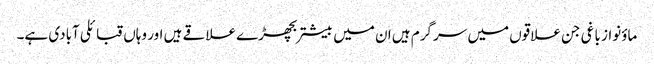
ماؤنواز باغی جن علاقوں میں سرگرم ہیں ان میں بیشتربچھڑے علاقے ہیں اور وہاں قبائلی آبادی ہے۔